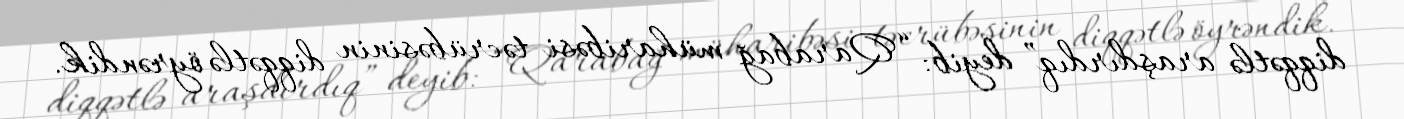
diqqətlə araşdırdıq” deyib: “Qarabağ müharibəsi təcrübəsinin diqqətlə öyrəndik.